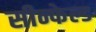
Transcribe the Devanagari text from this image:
सीन्फेल्ड